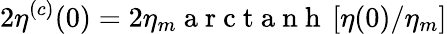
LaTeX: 2\eta^{(c)}(0)=2\eta_{m}\mathrm{~a~r~c~t~a~n~h~}\left[\eta(0)/\eta_{m}\right]